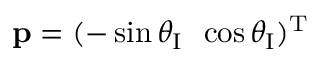
{ \bf p } = ( - \sin \theta _ { \textup I } \, \, \, \cos \theta _ { \textup I } ) ^ { \textup T }